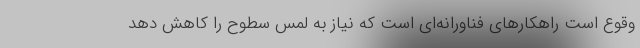
وقوع است راهکارهای فناورانه‌ای است که نیاز به لمس سطوح را کاهش دهد